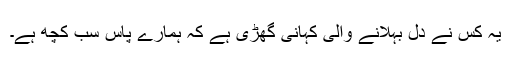
یہ کس نے دل بہلانے والی کہانی گھڑی ہے کہ ہمارے پاس سب کچھ ہے۔